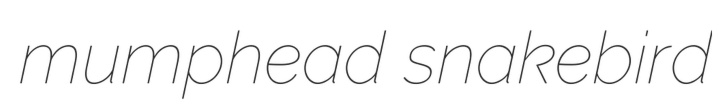
mumphead snakebird